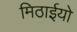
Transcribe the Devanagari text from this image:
मिठाईयो